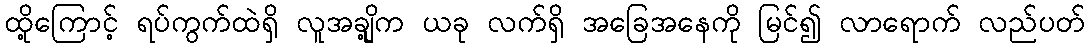
ထို့ကြောင့် ရပ်ကွက်ထဲရှိ လူအချို့က ယခု လက်ရှိ အခြေအနေကို မြင်၍ လာရောက် လည်ပတ်